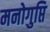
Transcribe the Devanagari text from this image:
मनोगुप्ति